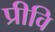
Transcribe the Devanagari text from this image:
प्रीवि